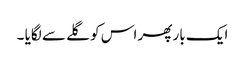
ایک بار پھر اس کو گلے سے لگایا ۔